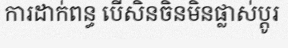
ការដាក់ពន្ធ បើសិនចិនមិនផ្លាស់ប្តូរ